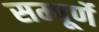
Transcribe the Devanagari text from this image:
सम्पूर्णे